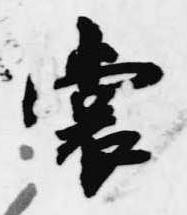
裳